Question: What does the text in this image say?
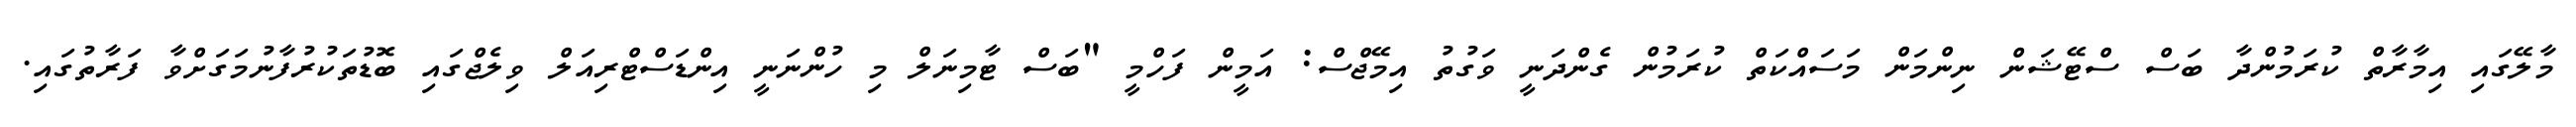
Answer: މާލޭގައި އިމާރާތް ކުރަމުންދާ ބަސް ސްޓޭޝަން ނިންމަން މަސައްކަތް ކުރަމުން ގެންދަނީ ވަގުތު އިމޭޖްސް: އަމީން ފަހްމީ "ބަސް ޓާމިނަލް މި ހުންނަނީ އިންޑަސްޓްރިއަލް ވިލެޖްގައި ބޮޑުތަކުރުފާނުމަގަށްވާ ފަރާތުގައި.